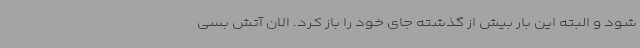
شود و البته این بار بیش از گذشته جای خود را باز کرد. الان آتش بسی